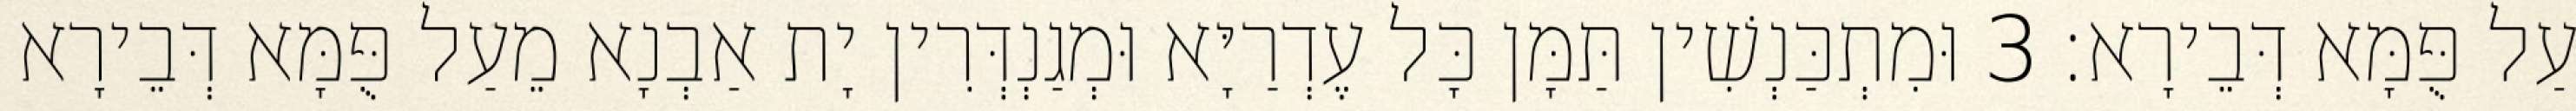
עַל פֻּמָּא דְּבֵירָא׃ 3 וּמִתְכַּנְשִׁין תַּמָּן כָּל עֶדְרַיָּא וּמְגַנְדְּרִין יָת אַבְנָא מֵעַל פֻּמָּא דְּבֵירָא